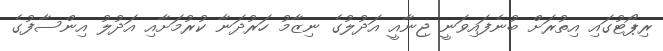
ރިޕޯޓުގައި އިތުރަށް ބުނެފައިވަނީ ޖިނާއީ އަދުލުގެ ނިޒާމު ހަރުދަނާ ކުރުމަށާއި އަދުލު އިންސާފުގެ